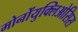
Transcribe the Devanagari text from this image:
मोनोंयुक्लिओसिस